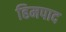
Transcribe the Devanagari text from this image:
हिमपाद